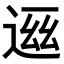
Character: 𬨧